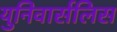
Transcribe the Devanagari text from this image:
युनिवार्सलिस